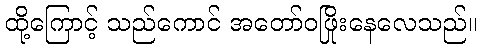
ထို့ကြောင့် သည်ကောင် အတော်ဝဖြိုးနေလေသည်။